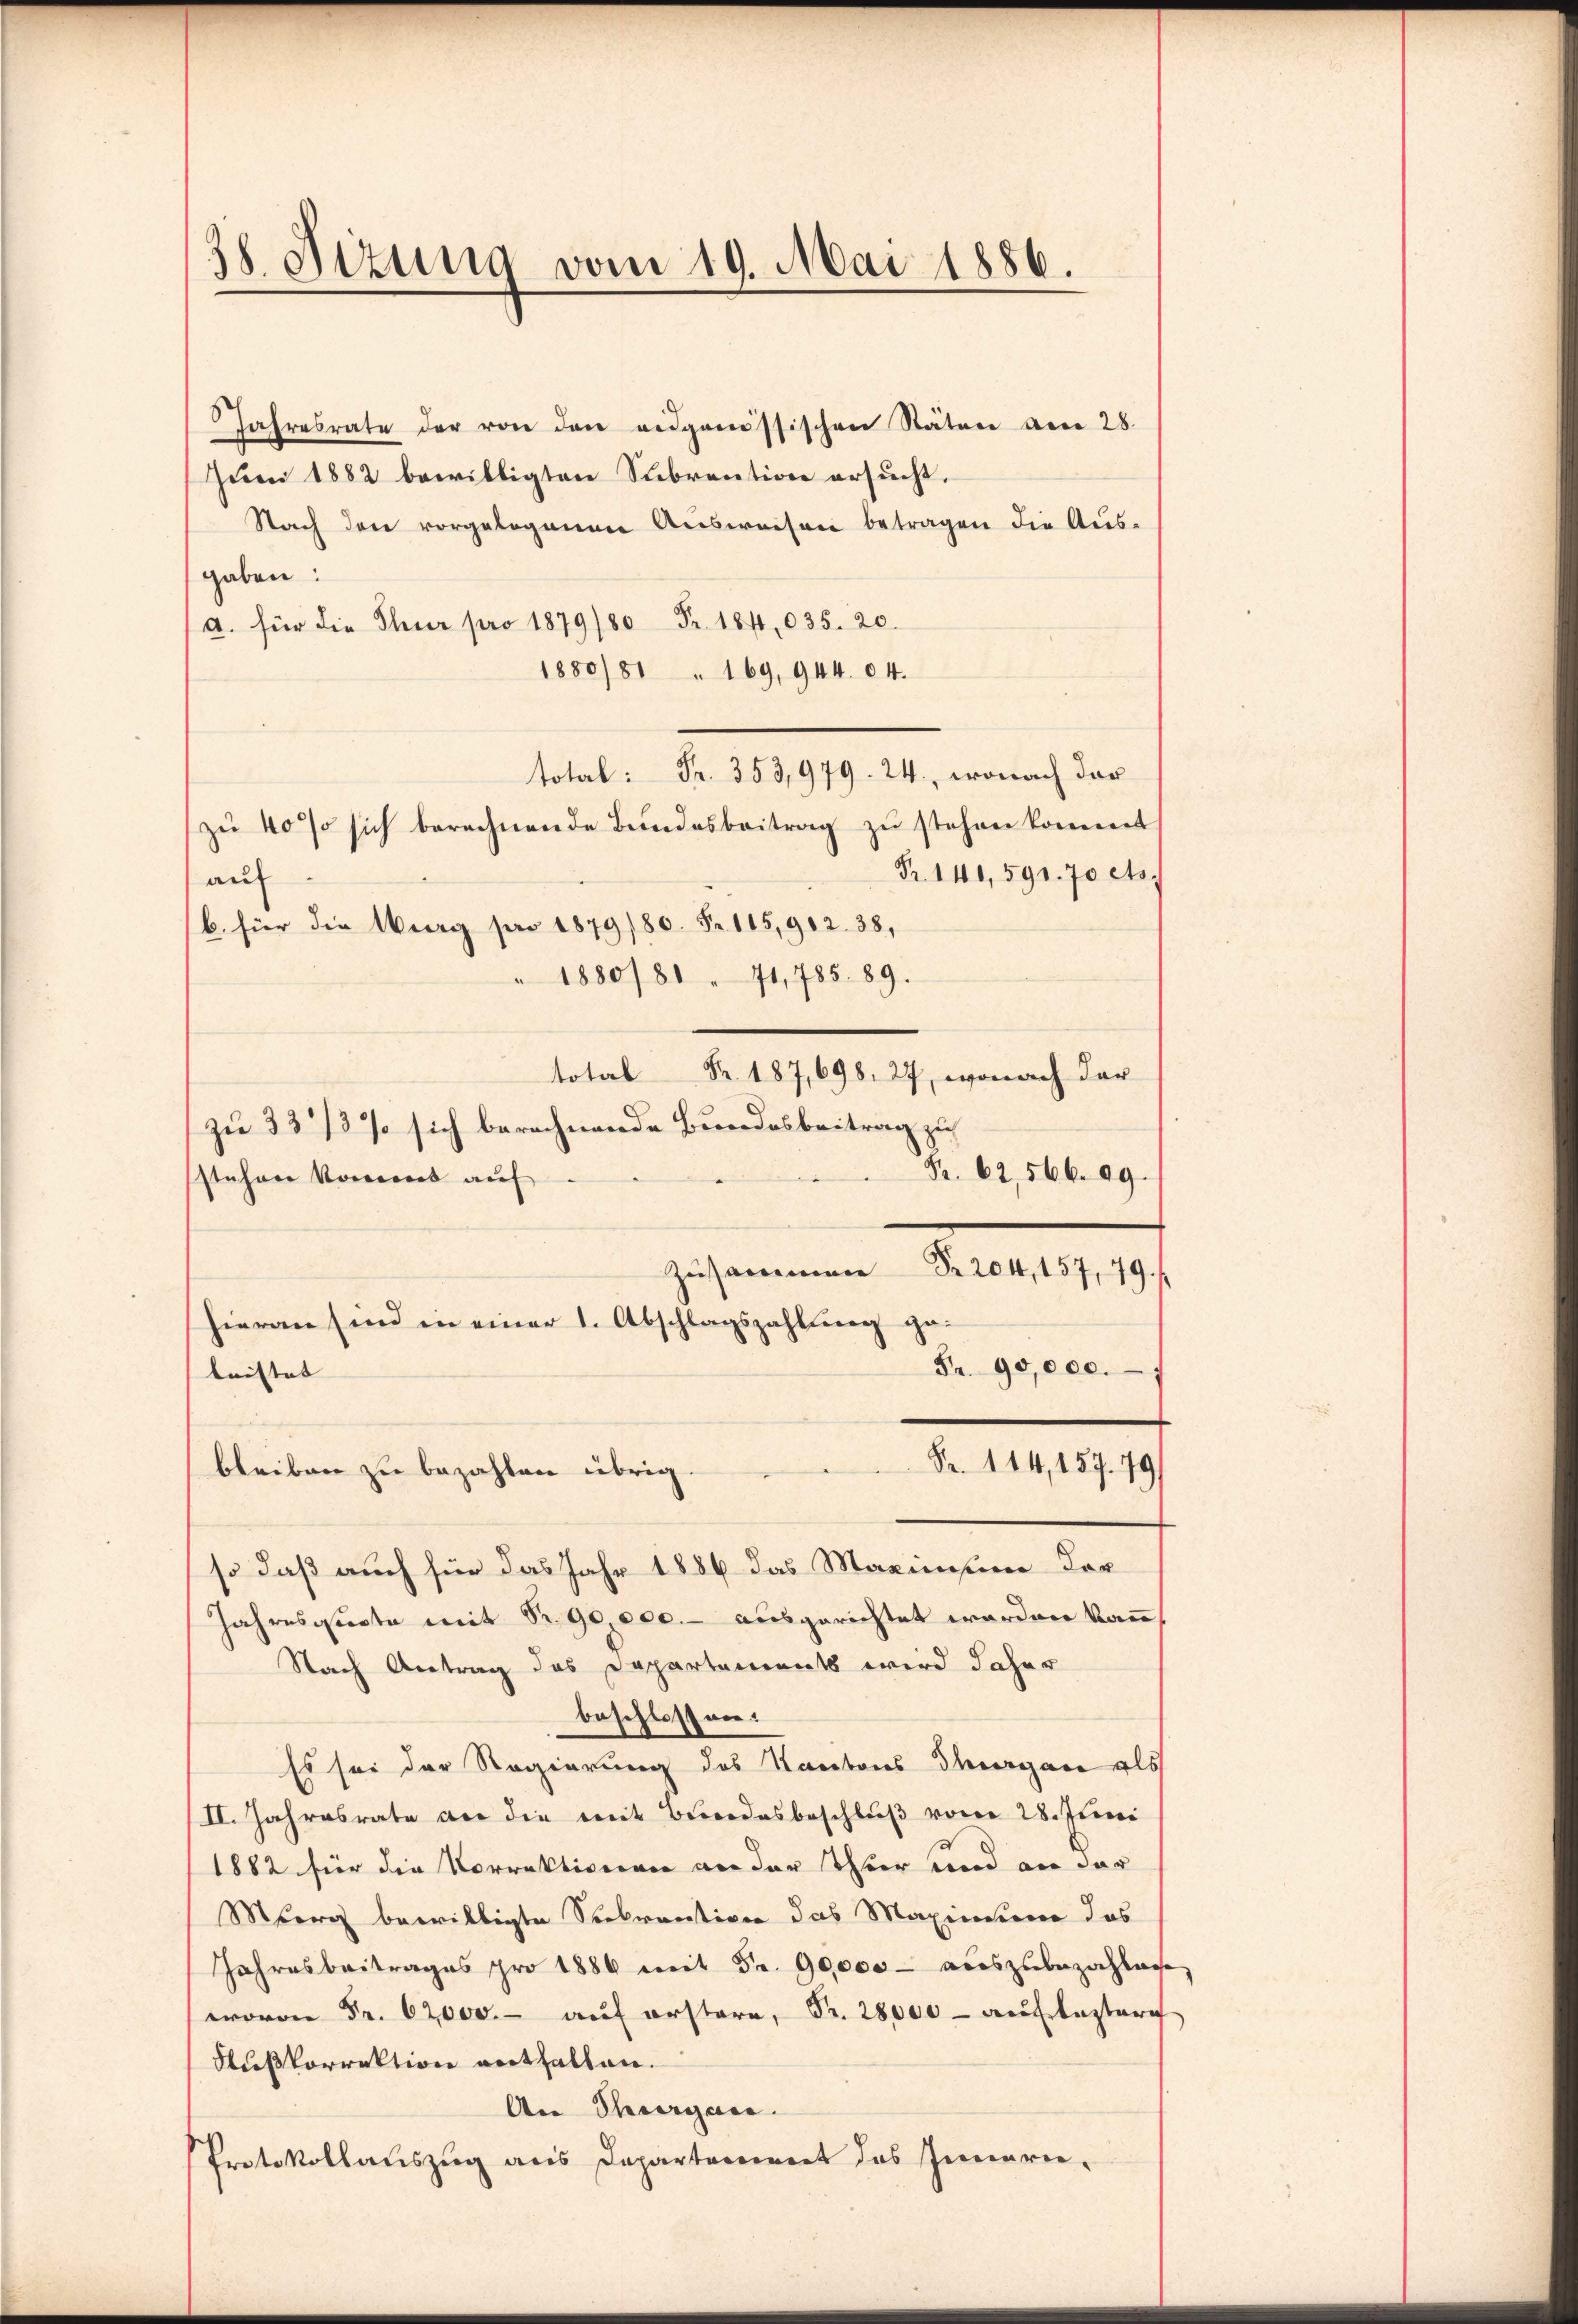
38. Sizung vom 19. Mai 1886.

Jahresrate der von den eidgenössischen Stäten am 28.
Juni 1882 bewilligten Subrention ersucht.
Nach den vorgelegenen Ausweisen betragen die Aus-
gaben.
a. für die Thur pro 1879/8 Fr. 184, 035. 20.
1880/81 " 169, 944. 64.
total: Fr. 353,979. 24., wonach dar
zŭ 40% sich berechnende Bŭndesbeitrag zŭ stehen kommt,
Fr. 141, 591. 70 cts.
auf
b. für die Burg pro 1879/80. Fr. 115,902. 38,
" 1880/81 " 71,785. 89.
total Fr. 187, 698. 27, wonach der
zu 33/3% sich berechnende Bundesbeitrag zu
Fr. 62, 566. 09.
stehen kommt auf
Zusammen Nr. 204, 157, 79.
hieran sind in einer 1. Abschlagszahlung ge¬
Fr. 90,000.
bristet |
Fr. 114, 157. 79)
bleiben zu bezahlen übrig.
so daß auch für das Jahr 1886 das Maximisum der
Jahresqucte mit Sr. 90,000.- ausgerichtet worden kann,
Nach Antrag des Departements wird daher
beschlossen:
Es sei der Regierung des Kantons Thurgane als
II. Jahresrate der die mit Bundesbeschluß vom 28. Juni
1882 für die Vorrektionen an der Thur und an der
Murg bewilligte Seekrantione das Maximum das
Jahresbeitrages pro 1886 mit Fr. 90000 - auszubezahlache
wovon Fr. 62000.- aŭf erstere, Fr. 28000 - auf besteri
Außkorrektion enthalten.
An Thurgane.
Protokollauszug aus Departoniert des Innerei-